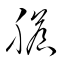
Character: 膽